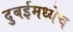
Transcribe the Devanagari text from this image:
दुबईमध्येच